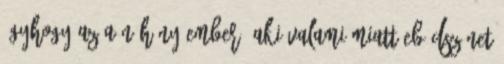
úgyhogy az a néhány ember, aki valami miatt ebédszünet